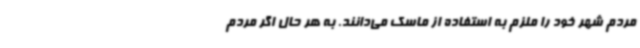
مردم شهر خود را ملزم به استفاده از ماسک می‌دانند. به هر حال اگر مردم